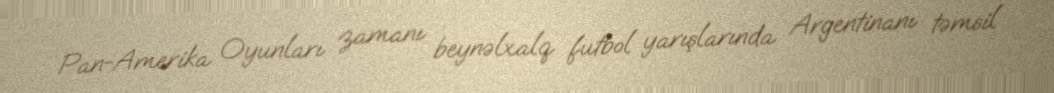
Pan-Amerika Oyunları zamanı beynəlxalq futbol yarışlarında Argentinanı təmsil